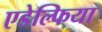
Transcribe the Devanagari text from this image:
एडेल्फिया